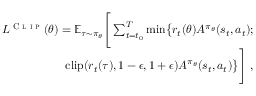
\begin{array} { r } { L ^ { \textsc { C l i p } } ( \theta ) = \mathbb { E } _ { \tau \sim \pi _ { \theta } } \Bigg [ \sum _ { { t = t _ { 0 } } } ^ { T } \mathrm { m i n } \big \lbrace r _ { t } ( \theta ) A ^ { \pi _ { \theta } } ( s _ { t } , a _ { t } ) ; } \\ { \mathrm { c l i p } ( r _ { t } ( \tau ) , 1 - \epsilon , 1 + \epsilon ) A ^ { \pi _ { \theta } } ( s _ { t } , a _ { t } ) \big \rbrace \Bigg ] ~ , } \end{array}